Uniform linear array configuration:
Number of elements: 32
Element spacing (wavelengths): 1
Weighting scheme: uniform
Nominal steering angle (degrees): -60
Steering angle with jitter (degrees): -60.702
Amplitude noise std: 0.05
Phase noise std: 0.05

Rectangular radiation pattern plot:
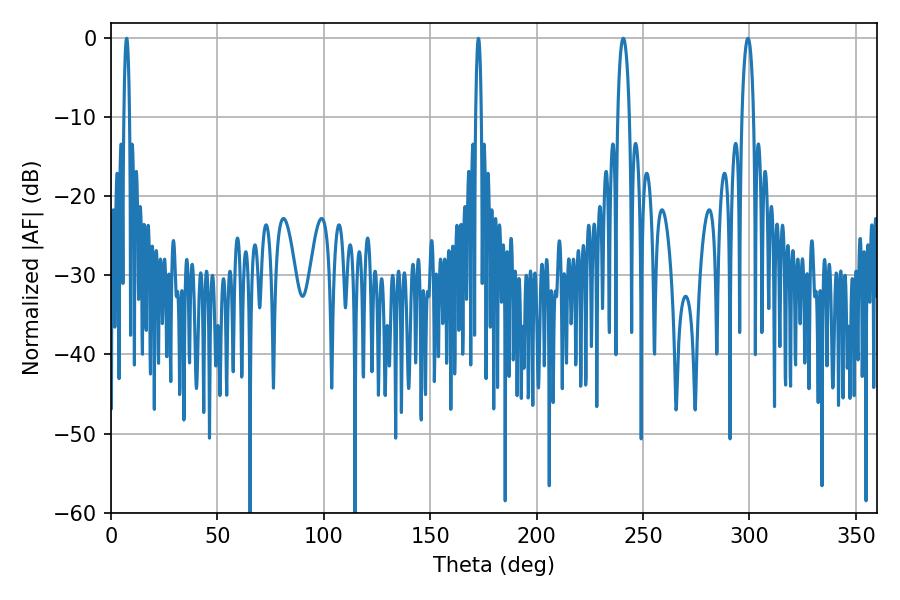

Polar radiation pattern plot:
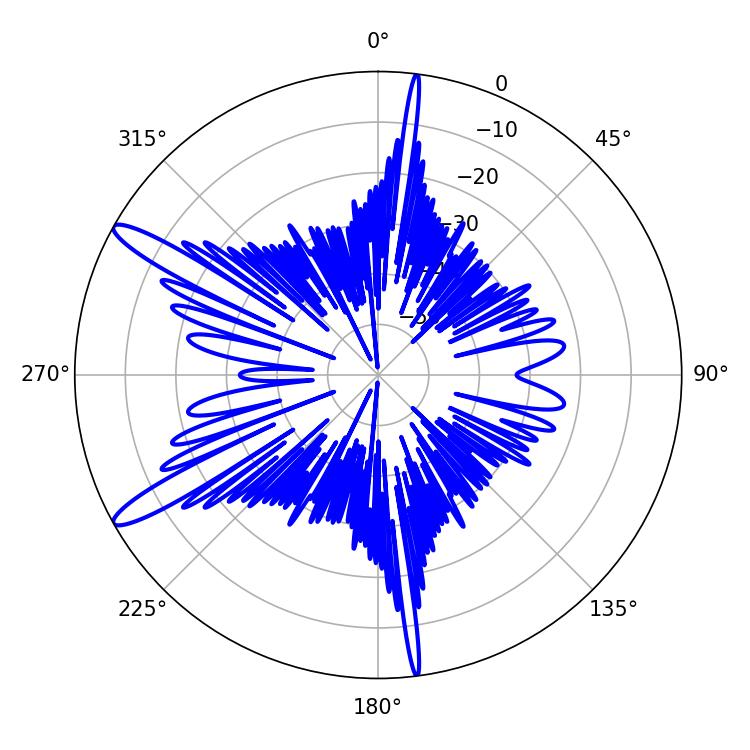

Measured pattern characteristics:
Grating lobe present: TRUE
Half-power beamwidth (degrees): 3.06
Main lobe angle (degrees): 299.34